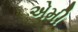
એમી